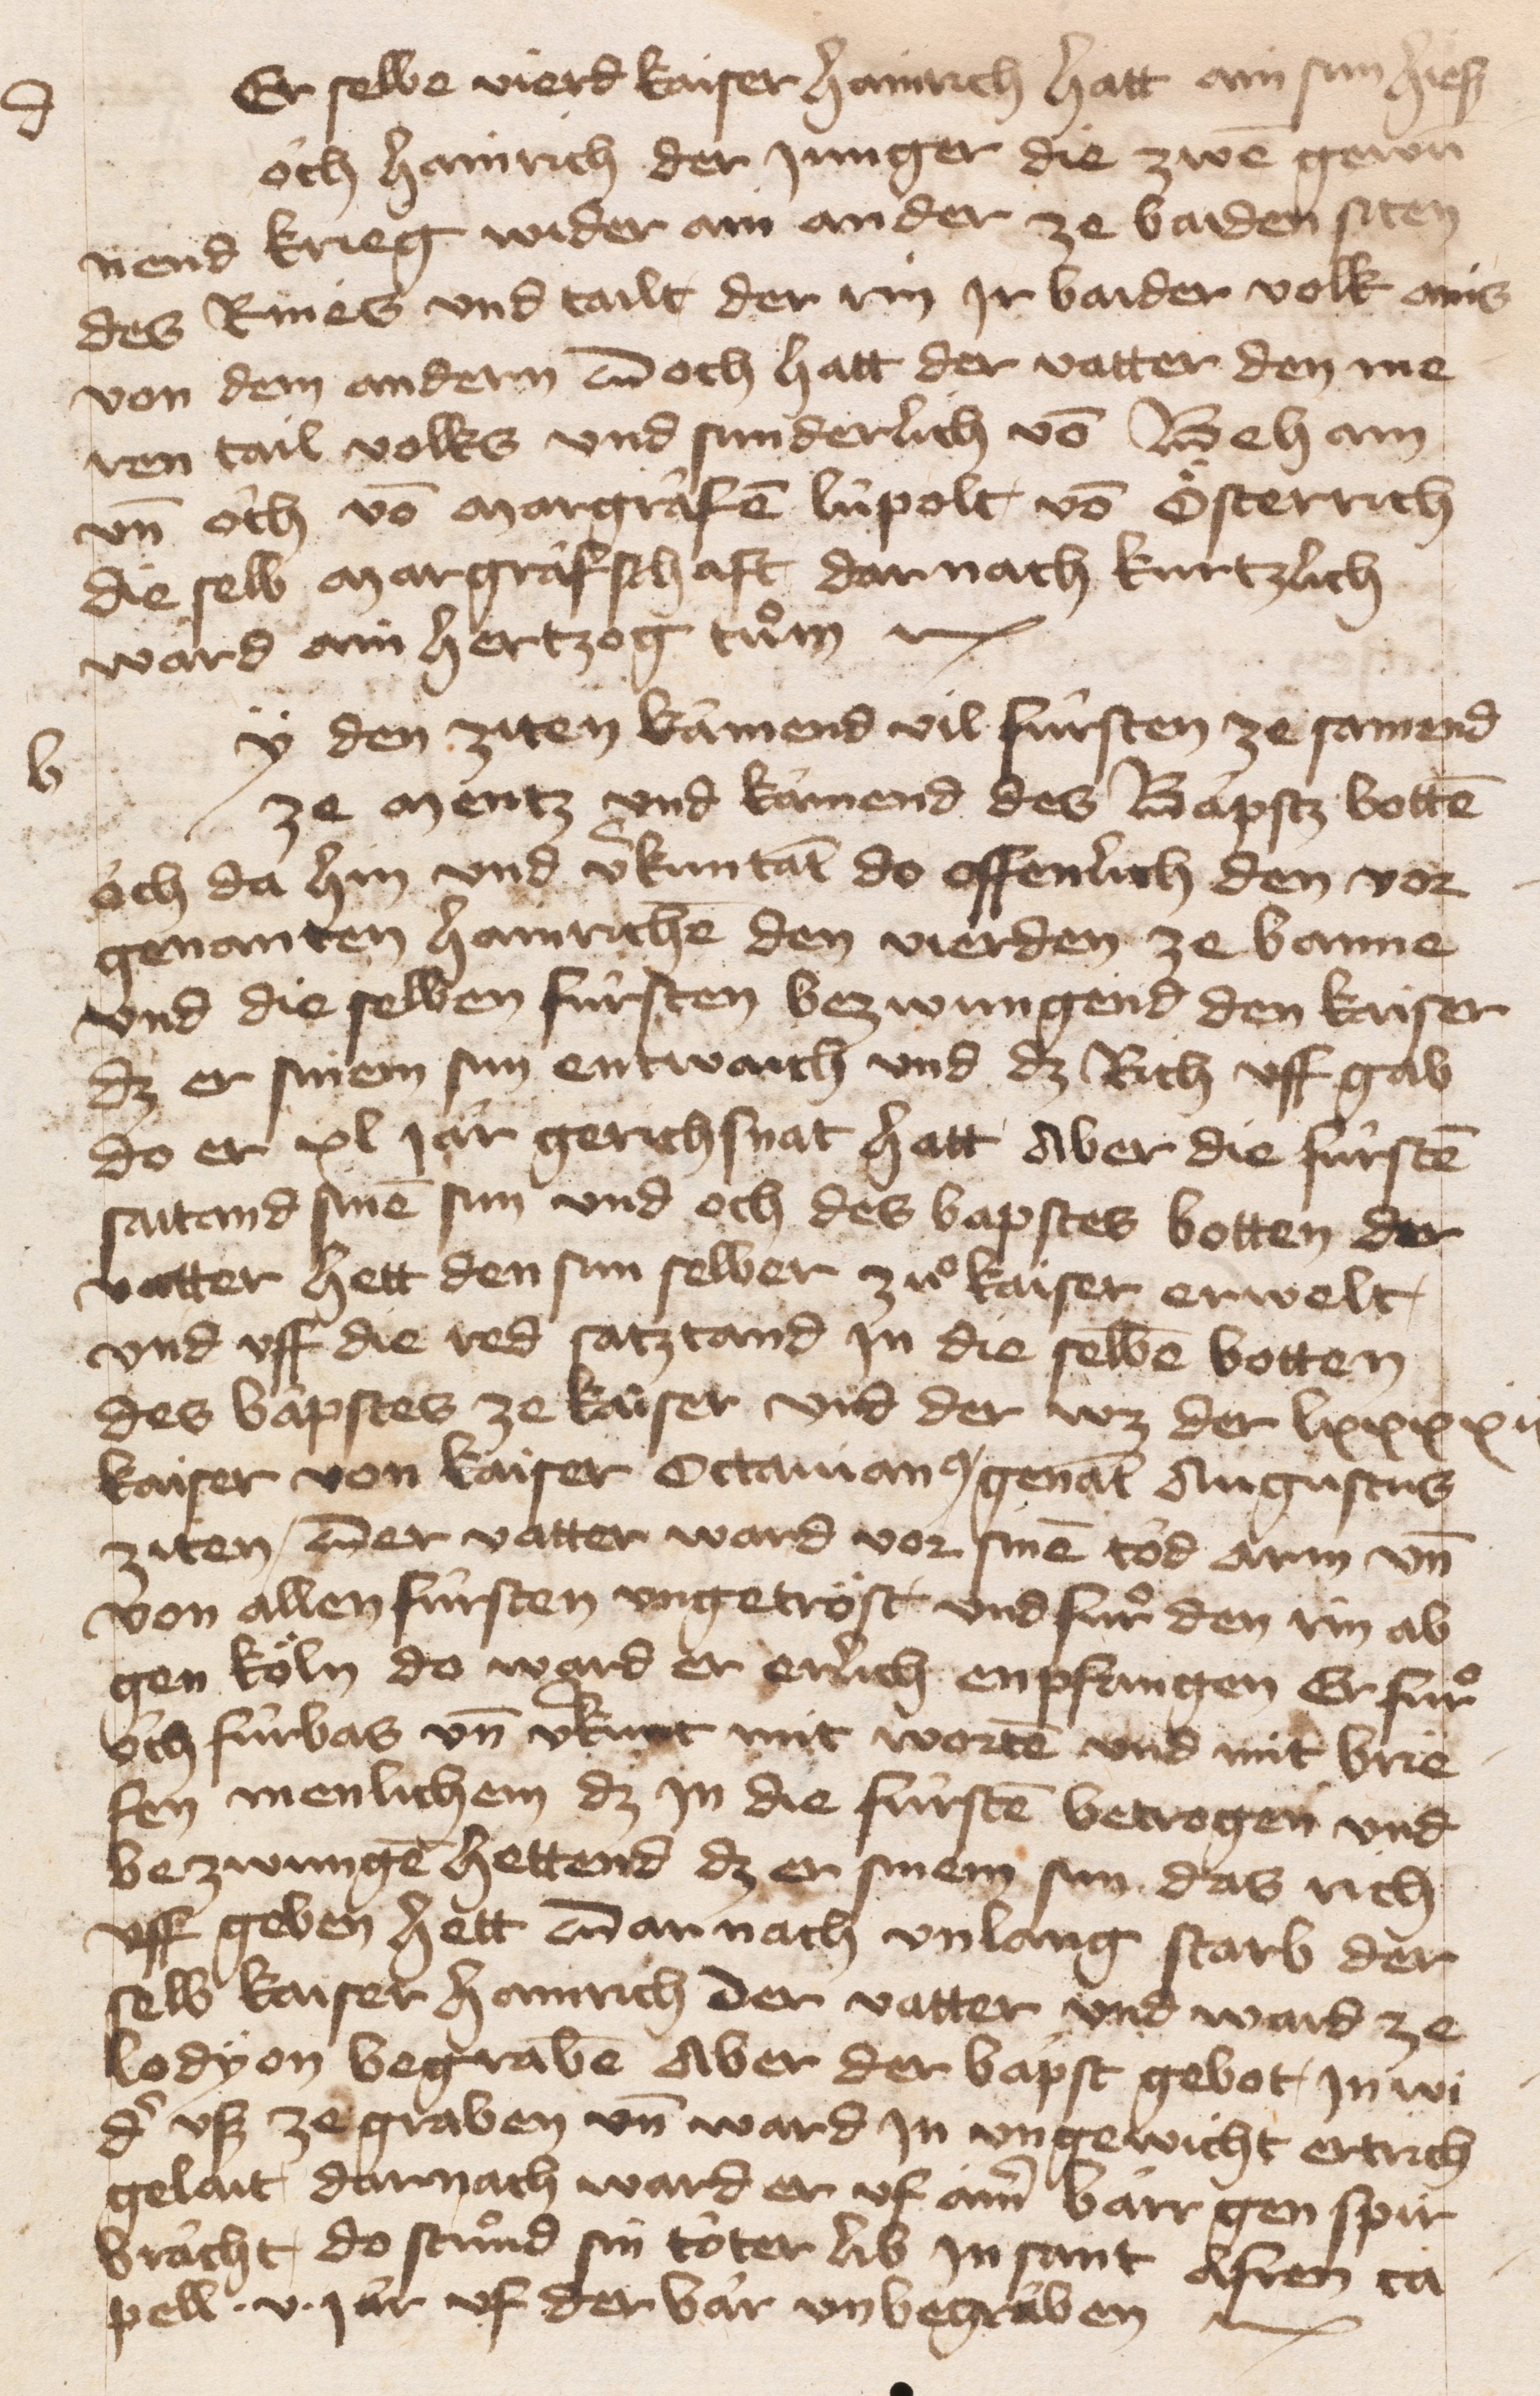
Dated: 1400–1499